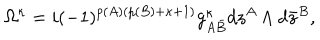
\Omega ^ { \kappa } = i ( - 1 ) ^ { p ( A ) ( p ( B ) + \kappa + 1 ) } g _ { A { \bar { B } } } ^ { \kappa } d z ^ { A } \wedge d { \bar { z } } ^ { B } ,